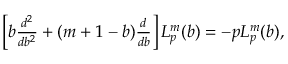
\begin{array} { r } { \left[ b \frac { d ^ { 2 } } { d b ^ { 2 } } + ( m + 1 - b ) \frac { d } { d b } \right] L _ { p } ^ { m } ( b ) = - p L _ { p } ^ { m } ( b ) , } \end{array}